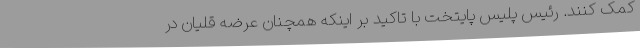
کمک کنند. رئیس پلیس پایتخت با تاکید بر اینکه همچنان عرضه قلیان در